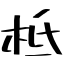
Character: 柢